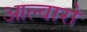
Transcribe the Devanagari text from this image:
आल्वारो